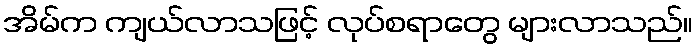
အိမ်က ကျယ်လာသဖြင့် လုပ်စရာတွေ များလာသည်။